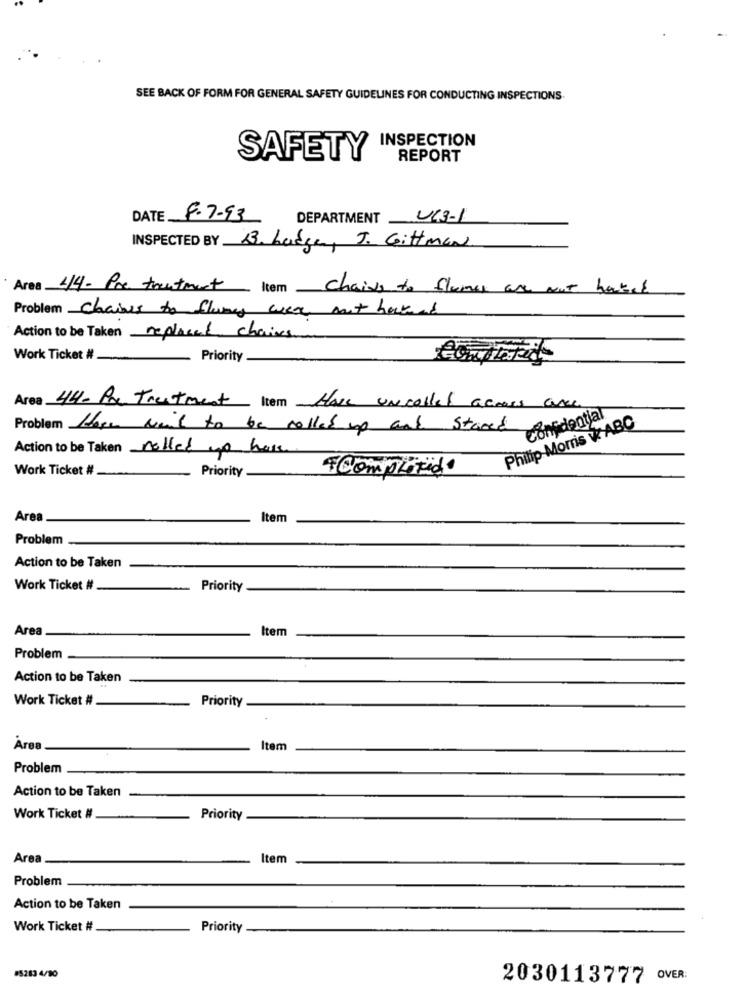
SEE BACK OF FORM FOR GENERAL SAFETY GUIDELINES FOR CONDUCTING INSPECTIONS.
INSPECTION
SAFETY
REPORT
DATE 8.7-93
DEPARTMENT
UC3-1
INSPECTED BY 3. Lodge, J. Gittman
Area 44- Pre treatment Item
chains to flames are Not hacked
Problem Chaines to flames were out backend
Action to be Taken replaced chairs
Work Ticket #.
Priority
Area 44- Pre Treatment Item Have uncalled across aree
Confidential
Problem Hope mail to be called up and stared
Philip Morris W ABC
Action to be Taken rolled yo have
Work Ticket #.
Priority .
+ Completide
Area
Item
Problem
Action to be Taken
Work Ticket #
Priority
Area
Item
Problem
Action to be Taken
Work Ticket #
Priority
Area
Item
Problem
Action to be Taken
Work Ticket #
Priority
Area
Item
Problem
Action to be Taken
Work Ticket #
Priority
85283 4/80
2030113777 OVER: